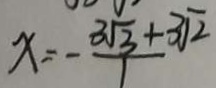
x = - \frac { 3 \sqrt { 3 } + 3 \sqrt { 2 } } { 1 }